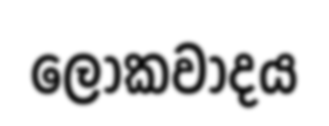
ලෝකවාදය